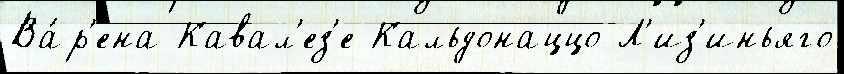
Ва́р'ена Кавал'ез'е Кальдонаццо Л'из'иньяго